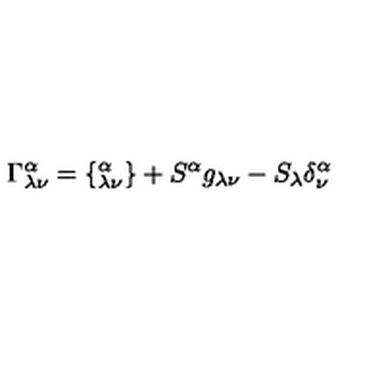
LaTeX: \Gamma _ { \lambda \nu } ^ { \alpha } = \{ _ { \lambda \nu } ^ { \alpha } \} + S ^ { \alpha } g _ { \lambda \nu } - S _ { \lambda } \delta _ { \nu } ^ { \alpha }